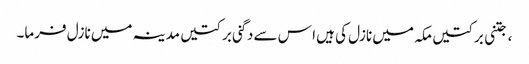
، جتنی برکتیں مکہ میں نازل کی ہیں ا س سے دگنی برکتیں مدینہ میں نازل فرما۔